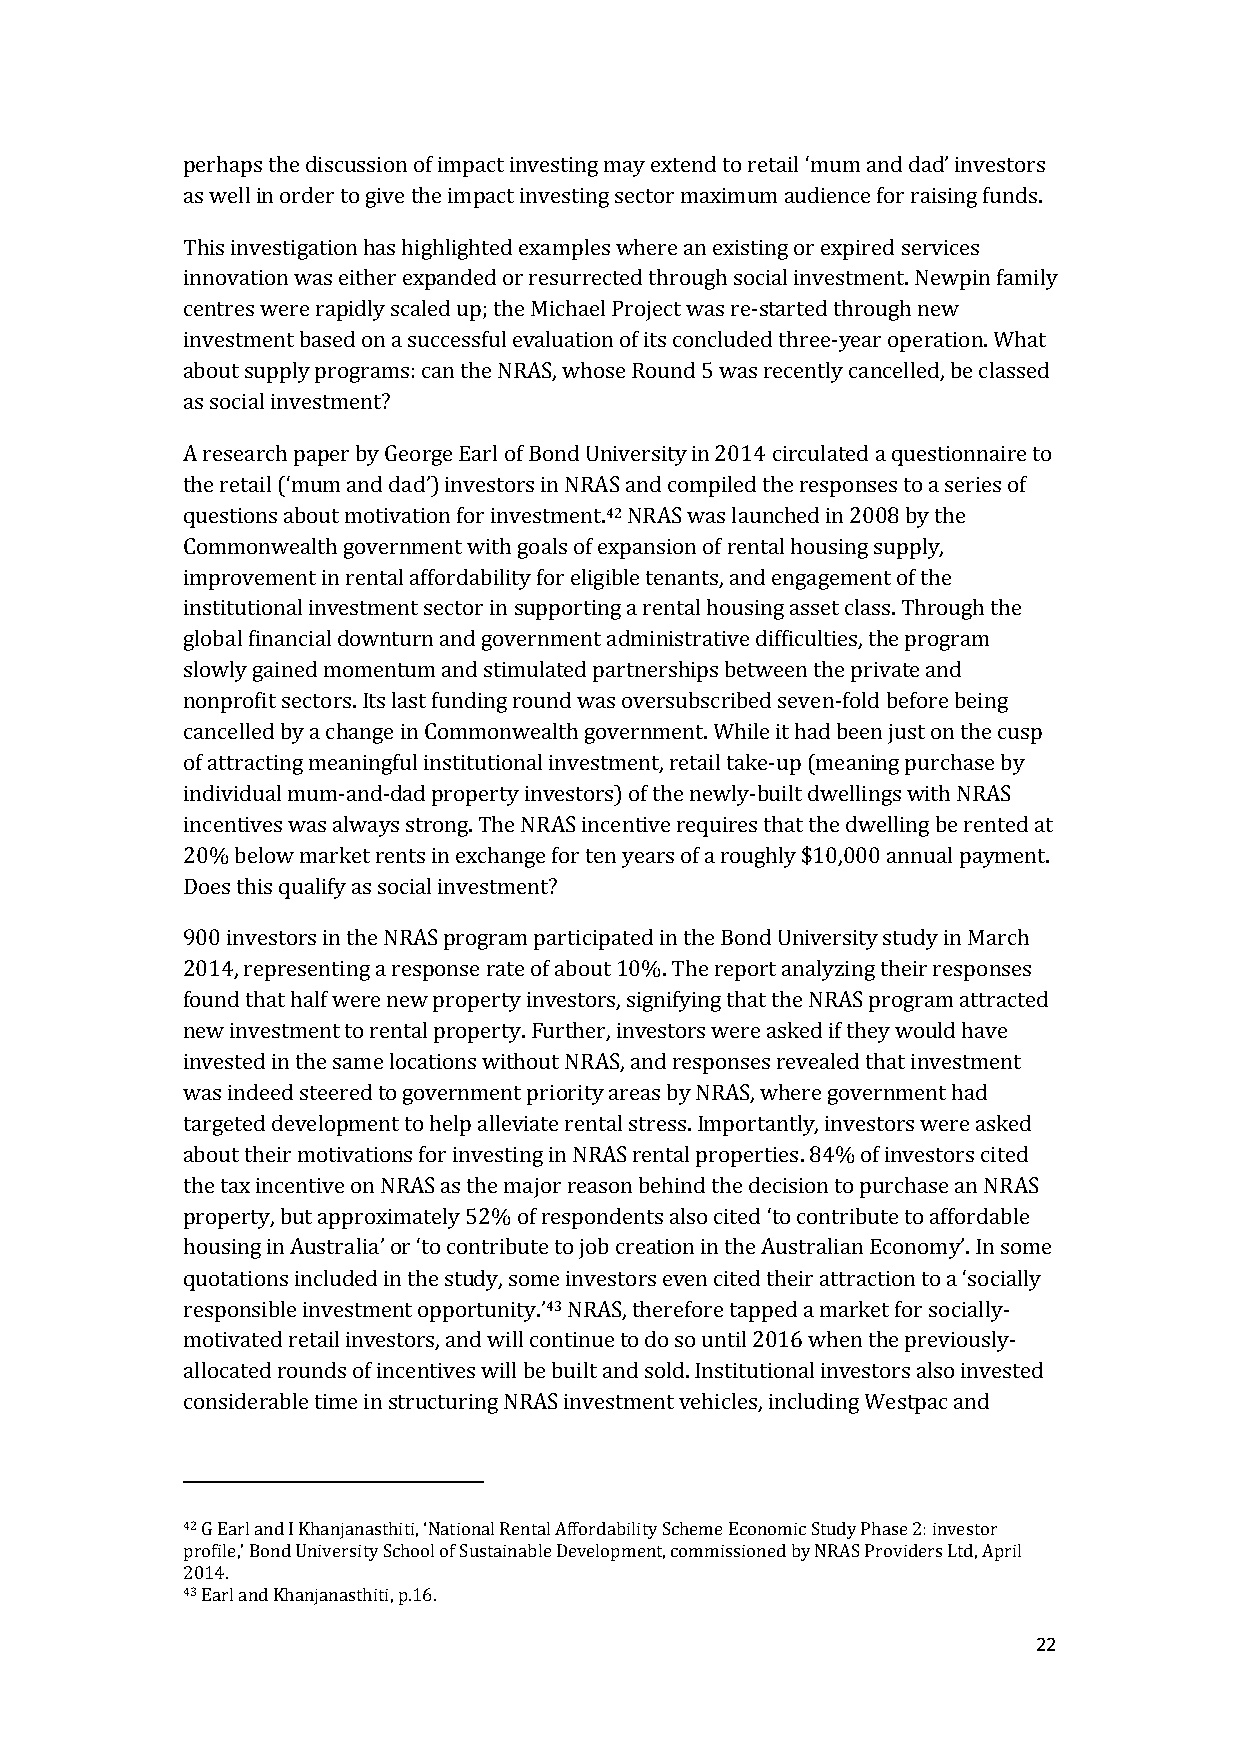
perhaps the discussion of impact investing may extend to retail ‘mum and dad’ investors
 as well in order to give the impact investing sector maximum audience for raising funds.
 This investigation has highlighted examples where an existing or expired services
 innovation was either expanded or resurrected through social investment. Newpin family
 centres were rapidly scaled up; the Michael Project was re-started through new
 investment based on a successful evaluation of its concluded three-year operation. What
 about supply programs: can the NRAS, whose Round 5 was recently cancelled, be classed
 as social investment?
 A research paper by George Earl of Bond University in 2014 circulated a questionnaire to
 the retail (‘mum and dad’) investors in NRAS and compiled the responses to a series of
 questions about motivation for investment.42 NRAS was launched in 2008 by the
 Commonwealth government with goals of expansion of rental housing supply,
 improvement in rental affordability for eligible tenants, and engagement of the
 institutional investment sector in supporting a rental housing asset class. Through the
 global financial downturn and government administrative difficulties, the program
 slowly gained momentum and stimulated partnerships between the private and
 nonprofit sectors. Its last funding round was oversubscribed seven-fold before being
 cancelled by a change in Commonwealth government. While it had been just on the cusp
 of attracting meaningful institutional investment, retail take-up (meaning purchase by
 individual mum-and-dad property investors) of the newly-built dwellings with NRAS
 incentives was always strong. The NRAS incentive requires that the dwelling be rented at
 20% below market rents in exchange for ten years of a roughly $10,000 annual payment.
 Does this qualify as social investment?
 900 investors in the NRAS program participated in the Bond University study in March
 2014, representing a response rate of about 10%. The report analyzing their responses
 found that half were new property investors, signifying that the NRAS program attracted
 new investment to rental property. Further, investors were asked if they would have
 invested in the same locations without NRAS, and responses revealed that investment
 was indeed steered to government priority areas by NRAS, where government had
 targeted development to help alleviate rental stress. Importantly, investors were asked
 about their motivations for investing in NRAS rental properties. 84% of investors cited
 the tax incentive on NRAS as the major reason behind the decision to purchase an NRAS
 property, but approximately 52% of respondents also cited ‘to contribute to affordable
 housing in Australia’ or ‘to contribute to job creation in the Australian Economy’. In some
 quotations included in the study, some investors even cited their attraction to a ‘socially
 responsible investment opportunity.’43 NRAS, therefore tapped a market for socially-
 motivated retail investors, and will continue to do so until 2016 when the previously-
 allocated rounds of incentives will be built and sold. Institutional investors also invested
 considerable time in structuring NRAS investment vehicles, including Westpac and
 42 G Earl and I Khanjanasthiti, ‘National Rental Affordability Scheme Economic Study Phase 2: investor
 profile,’ Bond University School of Sustainable Development, commissioned by NRAS Providers Ltd, April
 2014.
 43 Earl and Khanjanasthiti, p.16.
 22